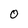
Character: 0